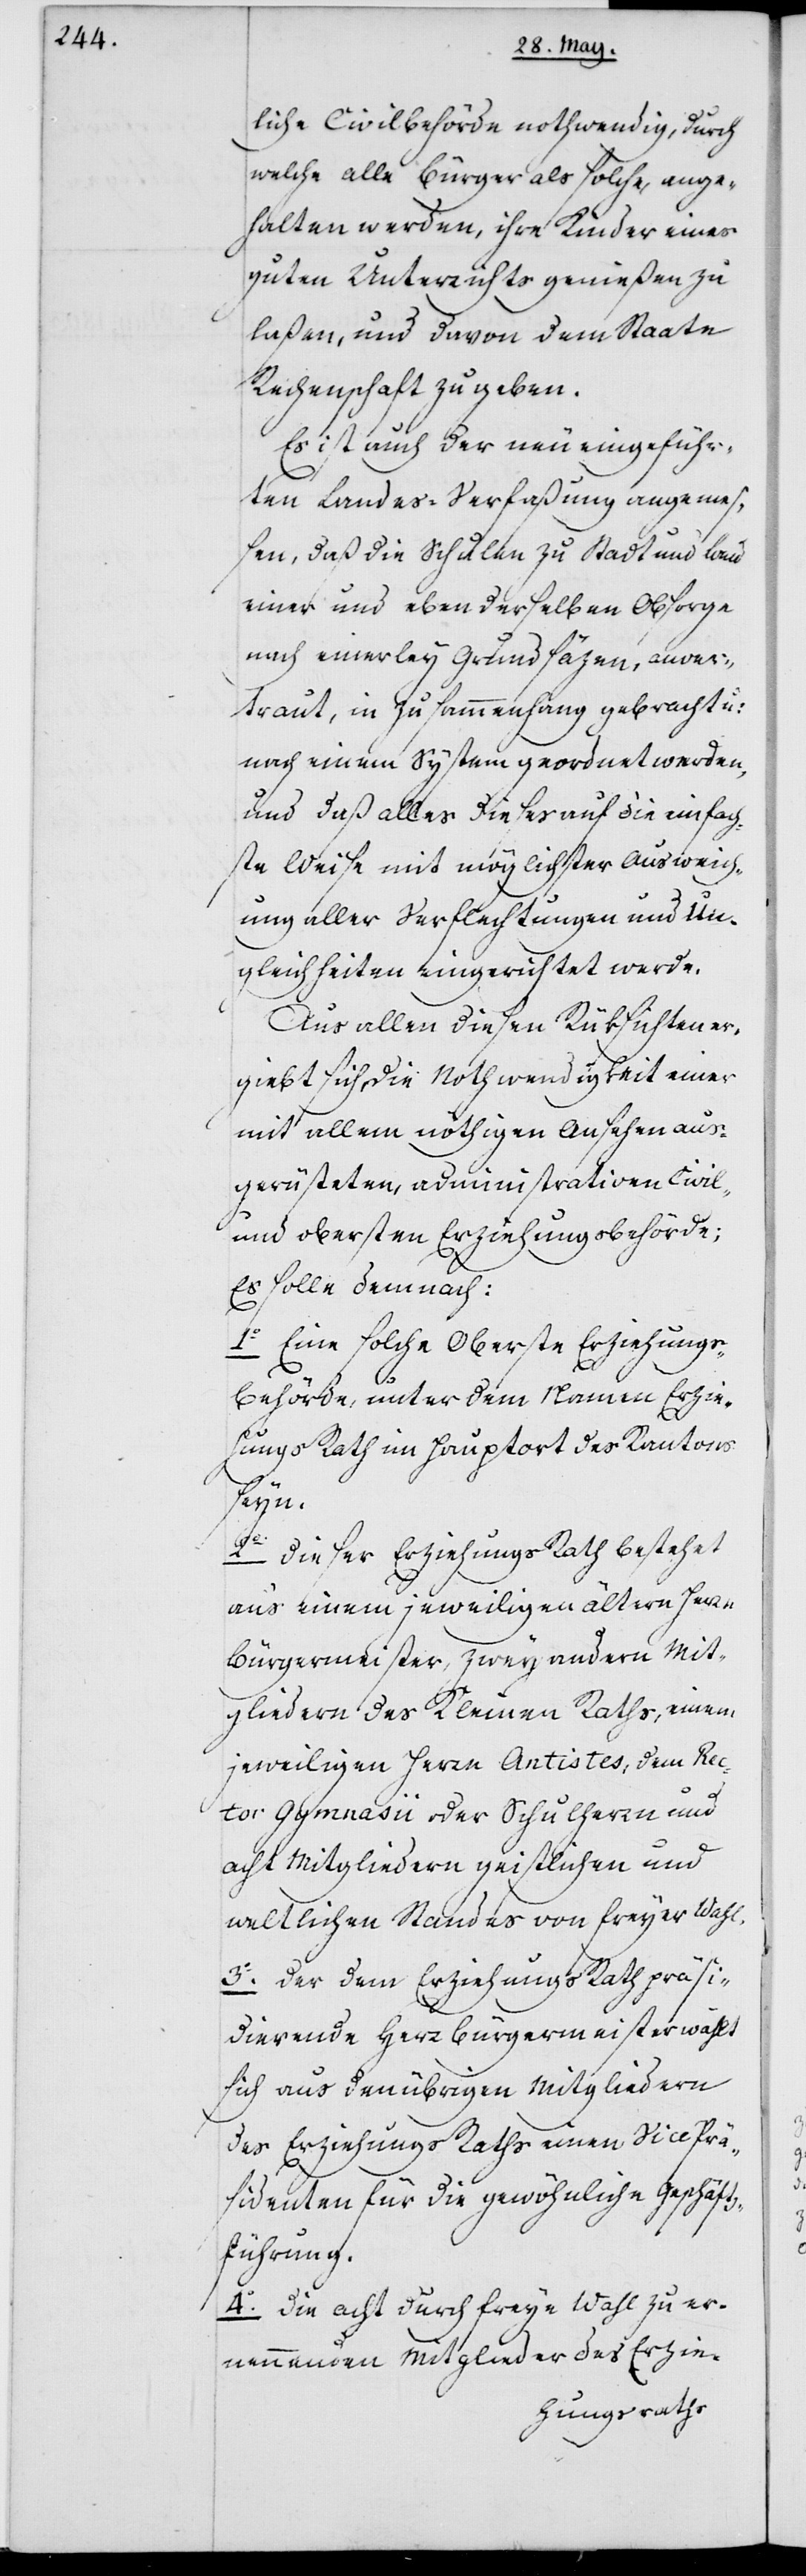
liche Civilbehörde nothwendig, durch
welche alle Bürger als solche ange¬
halten werden, ihre Kinder eines
guten Unterrichts genießen zu
laßen, und davon dem Staate
Rechenschaft zu geben.
Es ist auch der neu eingeführ¬
ten Landes-Verfaßung angemeß¬
en, daß die Schulen zu Stadt und Land
einer und eben derselben Obsorge
nach einerley Grundsäzen, anver¬
traut, in Zusammenhang gebracht u:
nach einem System geordnet werden,
und daß alles dieses auf die einfach¬
ste Weise mit möglichster Ausweich¬
ung aller Verflechtungen und Un¬
gleichheiten eingerichtet werde.
Aus allen diesen Rüksichten er¬
giebt sich die Nothwendigkeit einer
mit allem nöthigen Ansehen aus¬
gerüsteten, administrativen Civil-
und obersten Erziehungsbehörde;
Es solle demnach:
1o Eine solche oberste Erziehungs¬
behörde, unter dem Namen Erzie¬
hungs Rath im Hauptort des Kantons
seyn.
2o. Dieser Erziehungs Rath bestehet
aus einem jeweiligen ältern Herrn
Bürgermeister, zwey andern Mit¬
gliedern des Kleinen Raths, einem
jeweiligen Herrn Antistes, dem Rec¬
tor Gymnasii oder Schulherrn und
acht Mitgliedern geistlichen und
weltlichen Standes von freyer Wahl.
3o. Der dem Erziehungs Rath präsi¬
dierende Herr Bürgermeister wählt
sich aus den übrigen Mitgliedern
des Erziehungs Raths einen Vice Prä¬
sidenten für die gewöhnliche Geschäfts¬
führung.
4o. Die acht durch freye Wahl zu er¬
nennenden Mitglieder des Erzie-